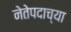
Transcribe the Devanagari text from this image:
नेतेपदाच्या